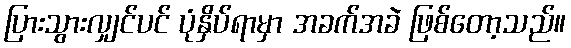
ပြားသွားလျှင်ပင် ပုံနှိပ်ရာမှာ အခက်အခဲ ဖြစ်တော့သည်။